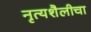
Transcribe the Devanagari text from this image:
नृत्यशैलीचा